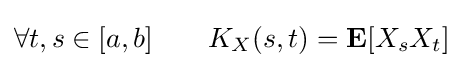
\forall t,s\in [a,b]\qquad K_{X}(s,t)=\mathbf {E} [X_{s}X_{t}]